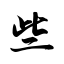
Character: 些